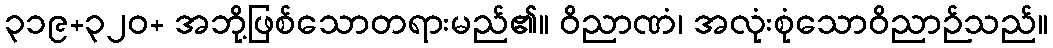
၃၁၉+၃၂၀+ အဘို့ဖြစ်သောတရားမည်၏။ ဝိညာဏံ၊ အလုံးစုံသောဝိညာဉ်သည်။